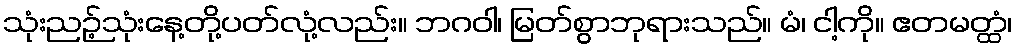
သုံးညဉ့်သုံးနေ့တို့ပတ်လုံ့လည်း။ ဘဂဝါ၊ မြတ်စွာဘုရားသည်။ မံ၊ ငါ့ကို။ ဧတမတ္ထံ၊